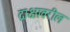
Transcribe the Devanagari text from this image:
द्राक्षावरील